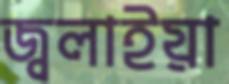
জ্বলাইয়া